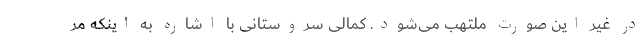
در غیر این صورت ملتهب می‌شود. کمالی سروستانی با اشاره به اینکه مر